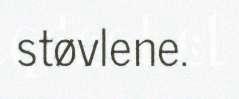
støvlene.